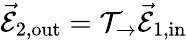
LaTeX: \vec{\mathcal{E}}_{2,\mathrm{{out}}}=\mathcal{T}_{\rightarrow}\vec{\mathcal{E}}_{1,\mathrm{{in}}}